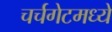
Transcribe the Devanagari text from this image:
चर्चगेटमध्ये